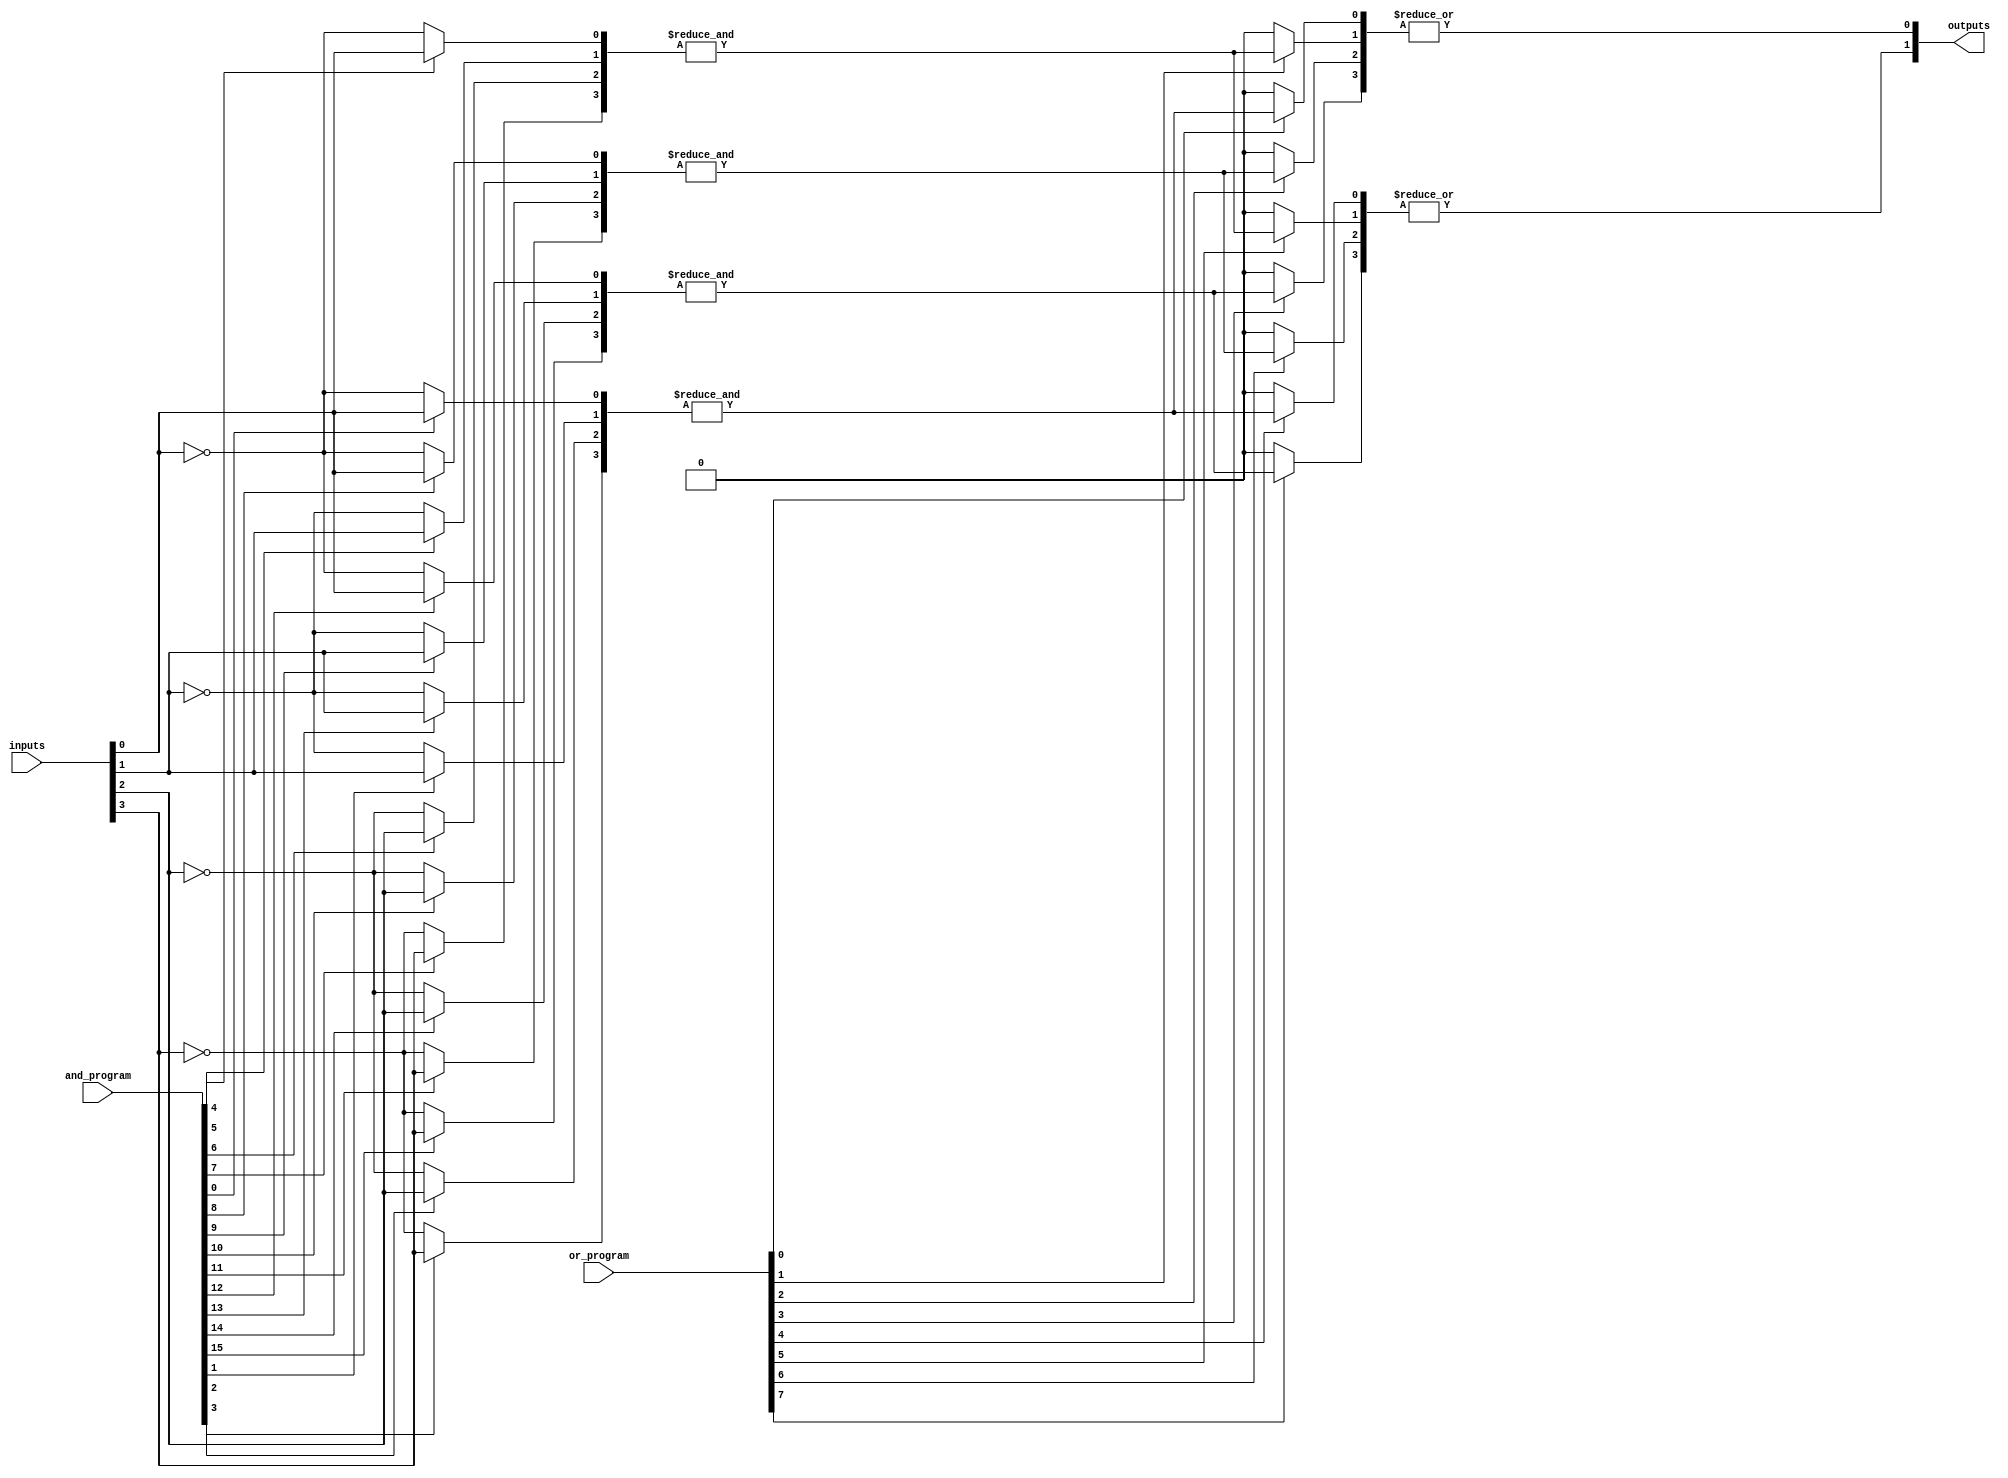
module programmable_PLA #(
    parameter NUM_INPUTS = 4,     // Number of inputs
    parameter NUM_AND_GATES = 4,  // Number of AND gates
    parameter NUM_OR_GATES = 2     // Number of OR gates
)(
    input wire [NUM_INPUTS-1:0] inputs,                       // Inputs to the PLA
    input wire [NUM_AND_GATES*NUM_INPUTS-1:0] and_program,   // Programming for AND gates
    input wire [NUM_OR_GATES*NUM_AND_GATES-1:0] or_program,   // Programming for OR gates
    output wire [NUM_OR_GATES-1:0] outputs                     // Outputs from the OR gates
);

    // Internal wires for AND gate outputs
    wire [NUM_AND_GATES-1:0] and_outputs;

    // Generate AND gates
    genvar i, j;
    generate
        for (i = 0; i < NUM_AND_GATES; i = i + 1) begin : and_gate
            wire [NUM_INPUTS-1:0] and_inputs;
            // Create the input for each AND gate based on programming
            for (j = 0; j < NUM_INPUTS; j = j + 1) begin : input_select
                assign and_inputs[j] = (and_program[i*NUM_INPUTS + j]) ? inputs[j] : ~inputs[j];
            end
            // AND gate operation
            assign and_outputs[i] = &and_inputs; // AND operation
        end
    endgenerate

    // Internal wires for OR gate outputs
    wire [NUM_OR_GATES-1:0] or_outputs;

    // Generate OR gates
    generate
        for (i = 0; i < NUM_OR_GATES; i = i + 1) begin : or_gate
            wire [NUM_AND_GATES-1:0] or_inputs;
            // Create the input for each OR gate based on programming
            for (j = 0; j < NUM_AND_GATES; j = j + 1) begin : product_term_select
                assign or_inputs[j] = (or_program[i*NUM_AND_GATES + j]) ? and_outputs[j] : 1'b0;
            end
            // OR gate operation
            assign or_outputs[i] = |or_inputs; // OR operation
        end
    endgenerate

    // Assign final outputs
    assign outputs = or_outputs;

endmodule